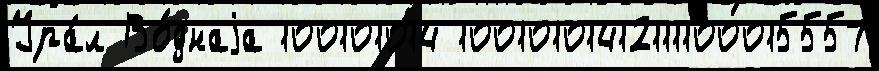
Ура́л Во́днаjа 100101014 10010101412111100015557